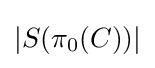
|S(\pi _{0}(C))|